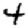
Digit: 4